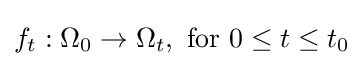
f_{t}:\Omega _{0}\to \Omega _{t},{\mbox{ for }}0\leq t\leq t_{0}